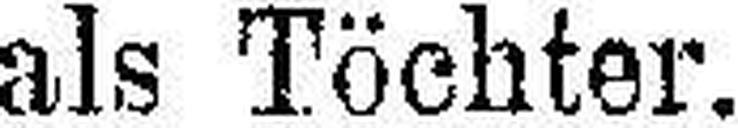
als Töchter.